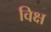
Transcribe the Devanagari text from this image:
विक्ष